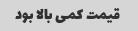
قیمت کمی بالا بود